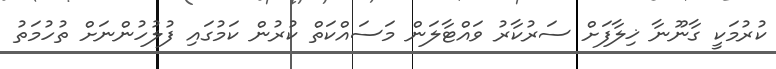
ކުރުމަކީ ގާނޫނާ ޚިލާފަށް ސަރުކާރު ވައްޓާލަން މަސައްކަތް ކުރުން ކަމުގައި ފުލުހުންނަށް ތުހުމަތު